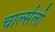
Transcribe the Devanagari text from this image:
चार्ल्सली